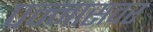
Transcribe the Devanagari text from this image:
पन्नासवर